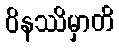
ဝိနဿိမှာတိ